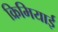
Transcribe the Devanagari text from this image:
क्रिमियाई